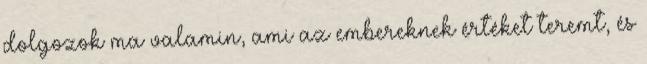
dolgozok ma valamin, ami az embereknek értéket teremt, és